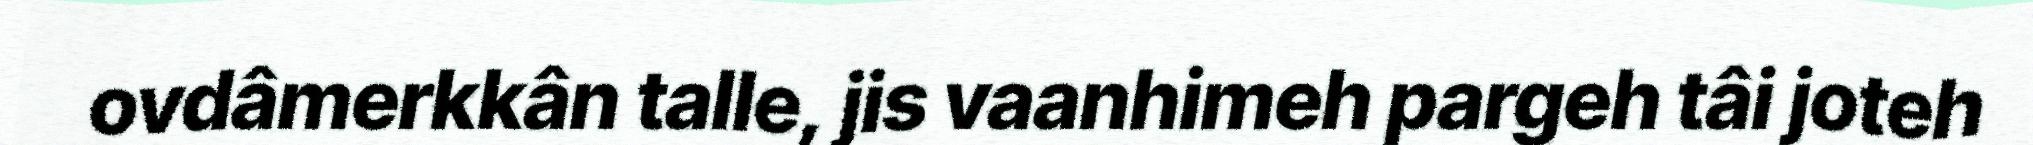
ovdâmerkkân talle, jis vaanhimeh pargeh tâi joteh